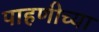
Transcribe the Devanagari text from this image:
पाहणीच्या